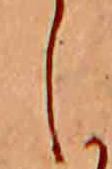
し